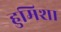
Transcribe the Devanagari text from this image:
हुमिशा